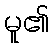
မူ၏